Civil Veterinary Department Bihar & Orissa reports 1929-36 - 1929-1936
Year: 1929
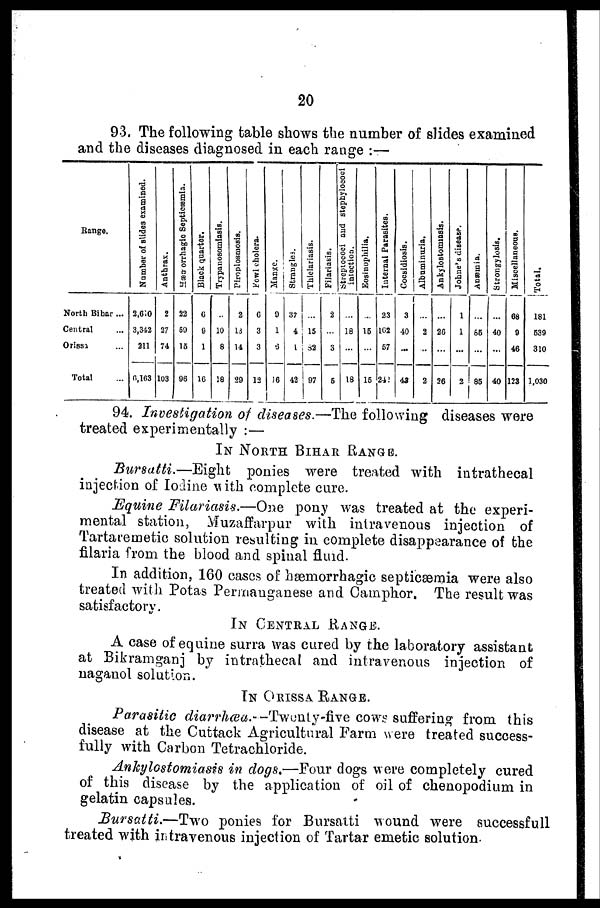
20
93. The following table shows the number of slides examined
and the diseases diagnosed in each range :—
Range.
North Bihar ...
Central ...
Orissa ...
Total ...
Number of slides examined.
2,610
3,342
211
6,163
Anthrax.
2
27
74
103
Hœmorrhagic Septicœmia
22
59
15
08
Black quarter.
6
9
1
16
Trypanosomiasis.
...
10
8
18
Plroplosmiasis.
2
13
14
90
kowlcholera
6
3
3
13
Ma nge .
9
1
16
Strangles.
37
4
42
Thi el ar i
ns i
s .
...
15
1
07
Filariasis.
2
...
3
6
Streptococi and stephylococi
i
nj ect i
on.
...
18
18
Eos i
nophi l
i
a .
...
15
16
Internal Parasites.
23
162
67
242
Cocs i
di os i
s .
3
40
...
43
Albuminuria.
...
2
...
2
Ankylostomiasis.
...
26
...
36
Johne's disease.
1
1
...
2
An æmia .
...
65
...
85
Strongylosis.
...
40
...
40
Miscellaneous.
68
9
46
123
Total.
181
532
310
1,030
94. Investigation of diseases.—The following diseases were
treated experimentally :—
IN NORTH BIHAR RANGE.
Bursatti.—Eight
ponies were treated with intrathecal
injection of Iodine with complete cure.
Equine Filariasis.—One pony was treated at the experi-
mental station, Muzaffarpur with intravenous injection of
Tartaremetic solution resulting in complete disappearance of the
filaria from the blood and spinal fluid.
In addition, 160 cases of hæmorrhagic septicæmia were also
treated with Potas Perrnauganese and Camphor. The result was
satisfactory.
IN CENTRAL RANGE.
A case of equine surra was cured by the laboratory assistant
at Bikramganj by intrathecal and intravenous injection of
naganol solution.
IN ORISSA RANGE.
Parasitic diarrhcea.--Twenty-five cows suffering from this
disease at the Cuttack Agricultural Farm were treated success-
fully with Carbon Tetrachloride.
Ankylostomiasis in dogs,—Four dogs were completely cured
of this disease by the application of oil of chenopodium in
gelatin capsules.
Bursatti.—Two
ponies for Bursatti wound were successfull
treated with intravenous injection of Tartar emetic solution